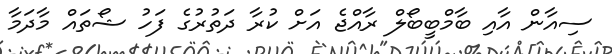
ސިއާން އާއި ބާމްބީބޯލް ރާއްޖެ އަށް ކުރާ ދަތުރުގެ ފަހު ޝޯތައް މާދަމާ